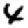
Digit: 4